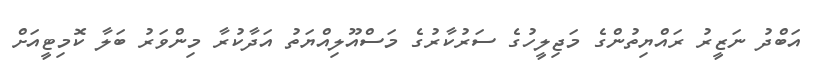
އަބްދު ނަޒީރު ރައްޔިތުންގެ މަޖިލީހުގެ ސަރުކާރުގެ މަސްއޫލިއްޔަތު އަދާކުރާ މިންވަރު ބަލާ ކޮމިޓީއަށް